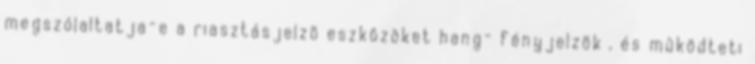
megszólaltatja-e a riasztásjelzõ eszközöket hang- fényjelzõk , és mûködteti